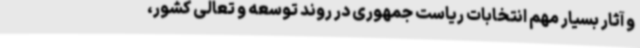
و آثار بسیار مهم انتخابات ریاست جمهوری در روند توسعه و تعالی کشور،